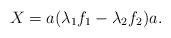
LaTeX: \begin{align*}X=a(\lambda_1f_1-\lambda_2f_2) a .\end{align*}